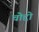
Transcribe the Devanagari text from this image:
चोद्दो